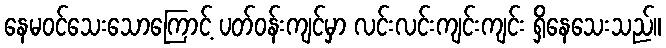
နေမဝင်သေးသောကြောင့် ပတ်ဝန်းကျင်မှာ လင်းလင်းကျင်းကျင်း ရှိနေသေးသည်။